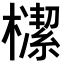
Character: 𣝠